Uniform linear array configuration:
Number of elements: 32
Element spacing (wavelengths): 0.5
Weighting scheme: uniform
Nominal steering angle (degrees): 45
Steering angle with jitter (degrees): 44.292
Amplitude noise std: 0.05
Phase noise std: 0.05

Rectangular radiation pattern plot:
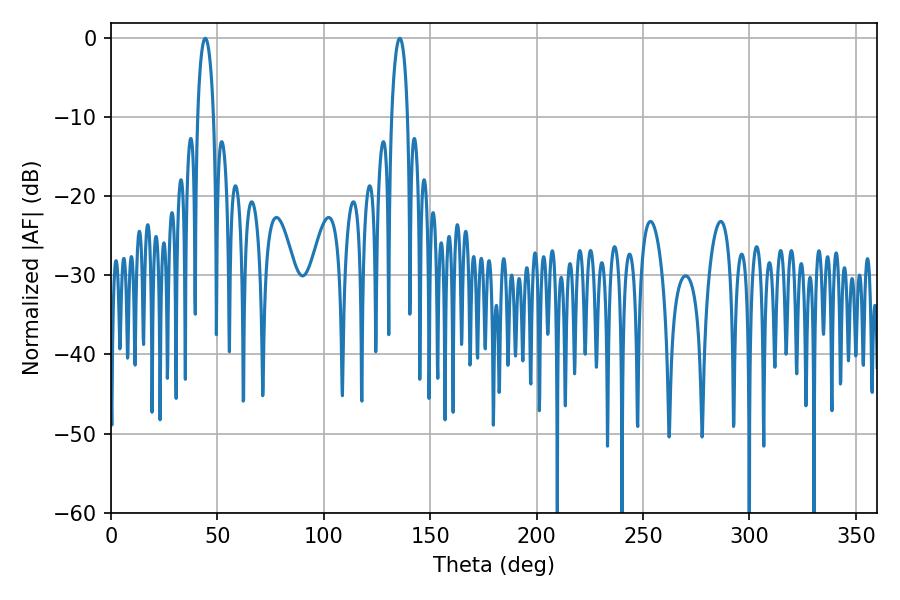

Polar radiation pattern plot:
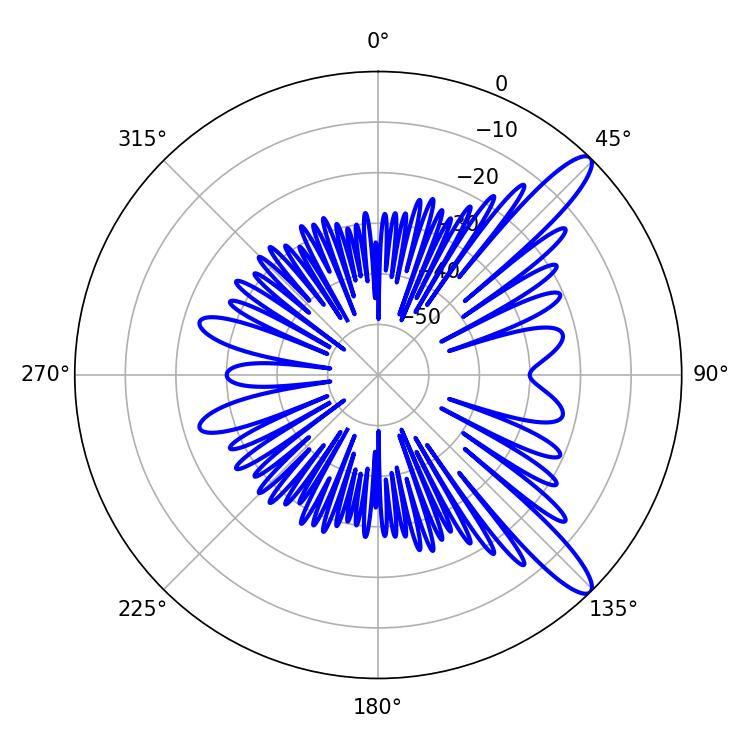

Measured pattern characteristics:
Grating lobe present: FALSE
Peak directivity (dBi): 12.211
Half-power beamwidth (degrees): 4.14
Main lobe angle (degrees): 44.28